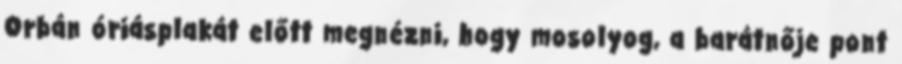
Orbán óriásplakát előtt megnézni, hogy mosolyog, a barátnője pont